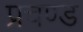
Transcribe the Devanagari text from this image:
प्रचण्‍ड